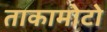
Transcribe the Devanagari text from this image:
ताकामोटो